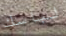
لباسك